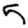
Digit: 5